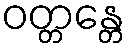
ဝတ္တန္တေ